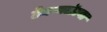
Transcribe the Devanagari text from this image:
टेकवलेल्या